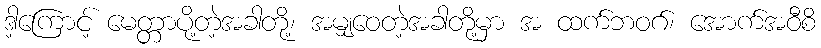
ဒါ့ကြောင့် မေတ္တာပို့တဲ့အခါတို့၊ အမျှဝေတဲ့အခါတို့မှာ အ ထက်ဘဝဂ်၊ အောက်အဝီစိ